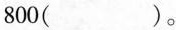
800( )。